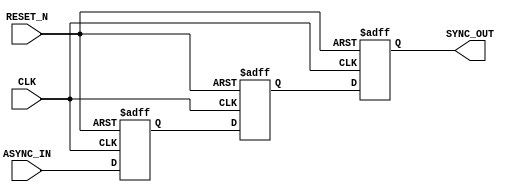
module async_to_sync_converter (
    input wire ASYNC_IN,          // Asynchronous input signal
    input wire CLK,               // System clock
    input wire RESET_N,           // Active low asynchronous reset
    output reg SYNC_OUT           // Synchronous output signal
);

// Internal signals for double-register stage
reg ASYNC_REG1;
reg ASYNC_REG2;

// Asynchronous reset handling
always @(posedge CLK or negedge RESET_N) begin
    if (!RESET_N) begin
        SYNC_OUT <= 1'b0; // Initialize SYNC_OUT to known state
        ASYNC_REG1 <= 1'b0; // Reset first register
        ASYNC_REG2 <= 1'b0; // Reset second register
    end else begin
        // First stage of capturing the asynchronous input
        ASYNC_REG1 <= ASYNC_IN; // Capture ASYNC_IN in the first register

        // Second stage for metastability resolution
        ASYNC_REG2 <= ASYNC_REG1; // Capture the output of the first register

        // Output the synchronized signal
        SYNC_OUT <= ASYNC_REG2; // Update SYNC_OUT on rising edge of CLK
    end
end

endmodule